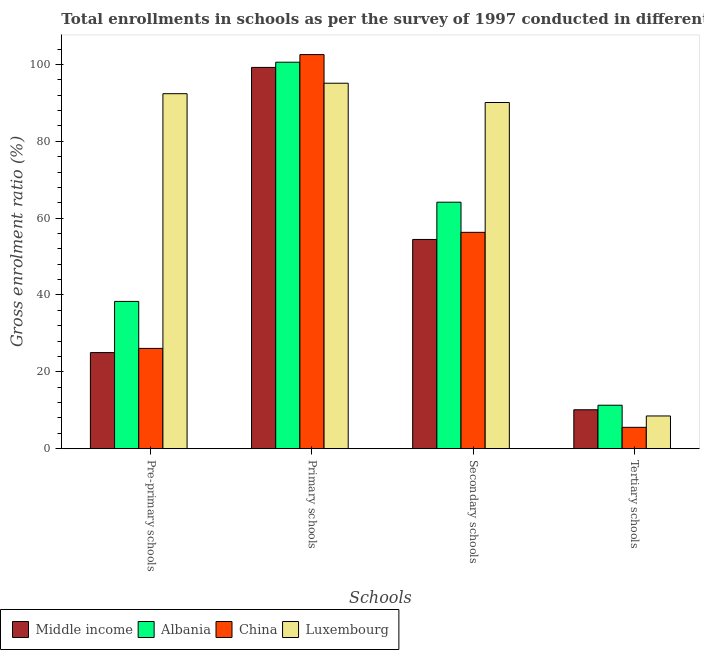
| Schools | Middle income | Albania | China | Luxembourg |
 | --- | --- | --- | --- | --- |
 | Pre-primary schools | 25 | 38.3 | 26.1 | 92.4 |
 | Primary schools | 99.2 | 101 | 103 | 95.1 |
 | Secondary schools | 54.5 | 64.1 | 56.3 | 90.1 |
 | Tertiary schools | 10.1 | 11.3 | 5.55 | 8.51 |